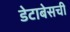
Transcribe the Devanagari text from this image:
डेटाबेसची